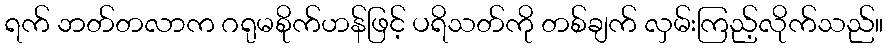
ရက် ဘတ်တလာက ဂရုမစိုက်ဟန်ဖြင့် ပရိသတ်ကို တစ်ချက် လှမ်းကြည့်လိုက်သည်။